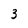
Character: 3